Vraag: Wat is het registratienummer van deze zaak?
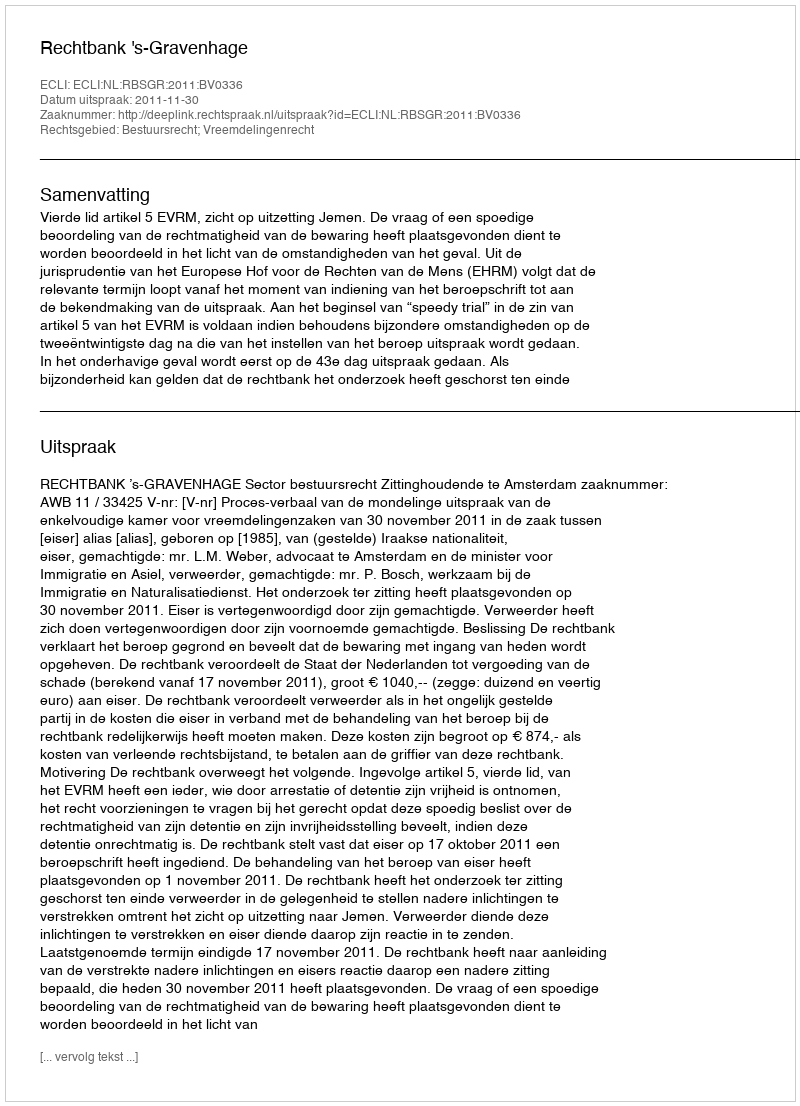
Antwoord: http://deeplink.rechtspraak.nl/uitspraak?id=ECLI:NL:RBSGR:2011:BV0336